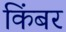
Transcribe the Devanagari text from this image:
किंबर